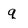
Character: q